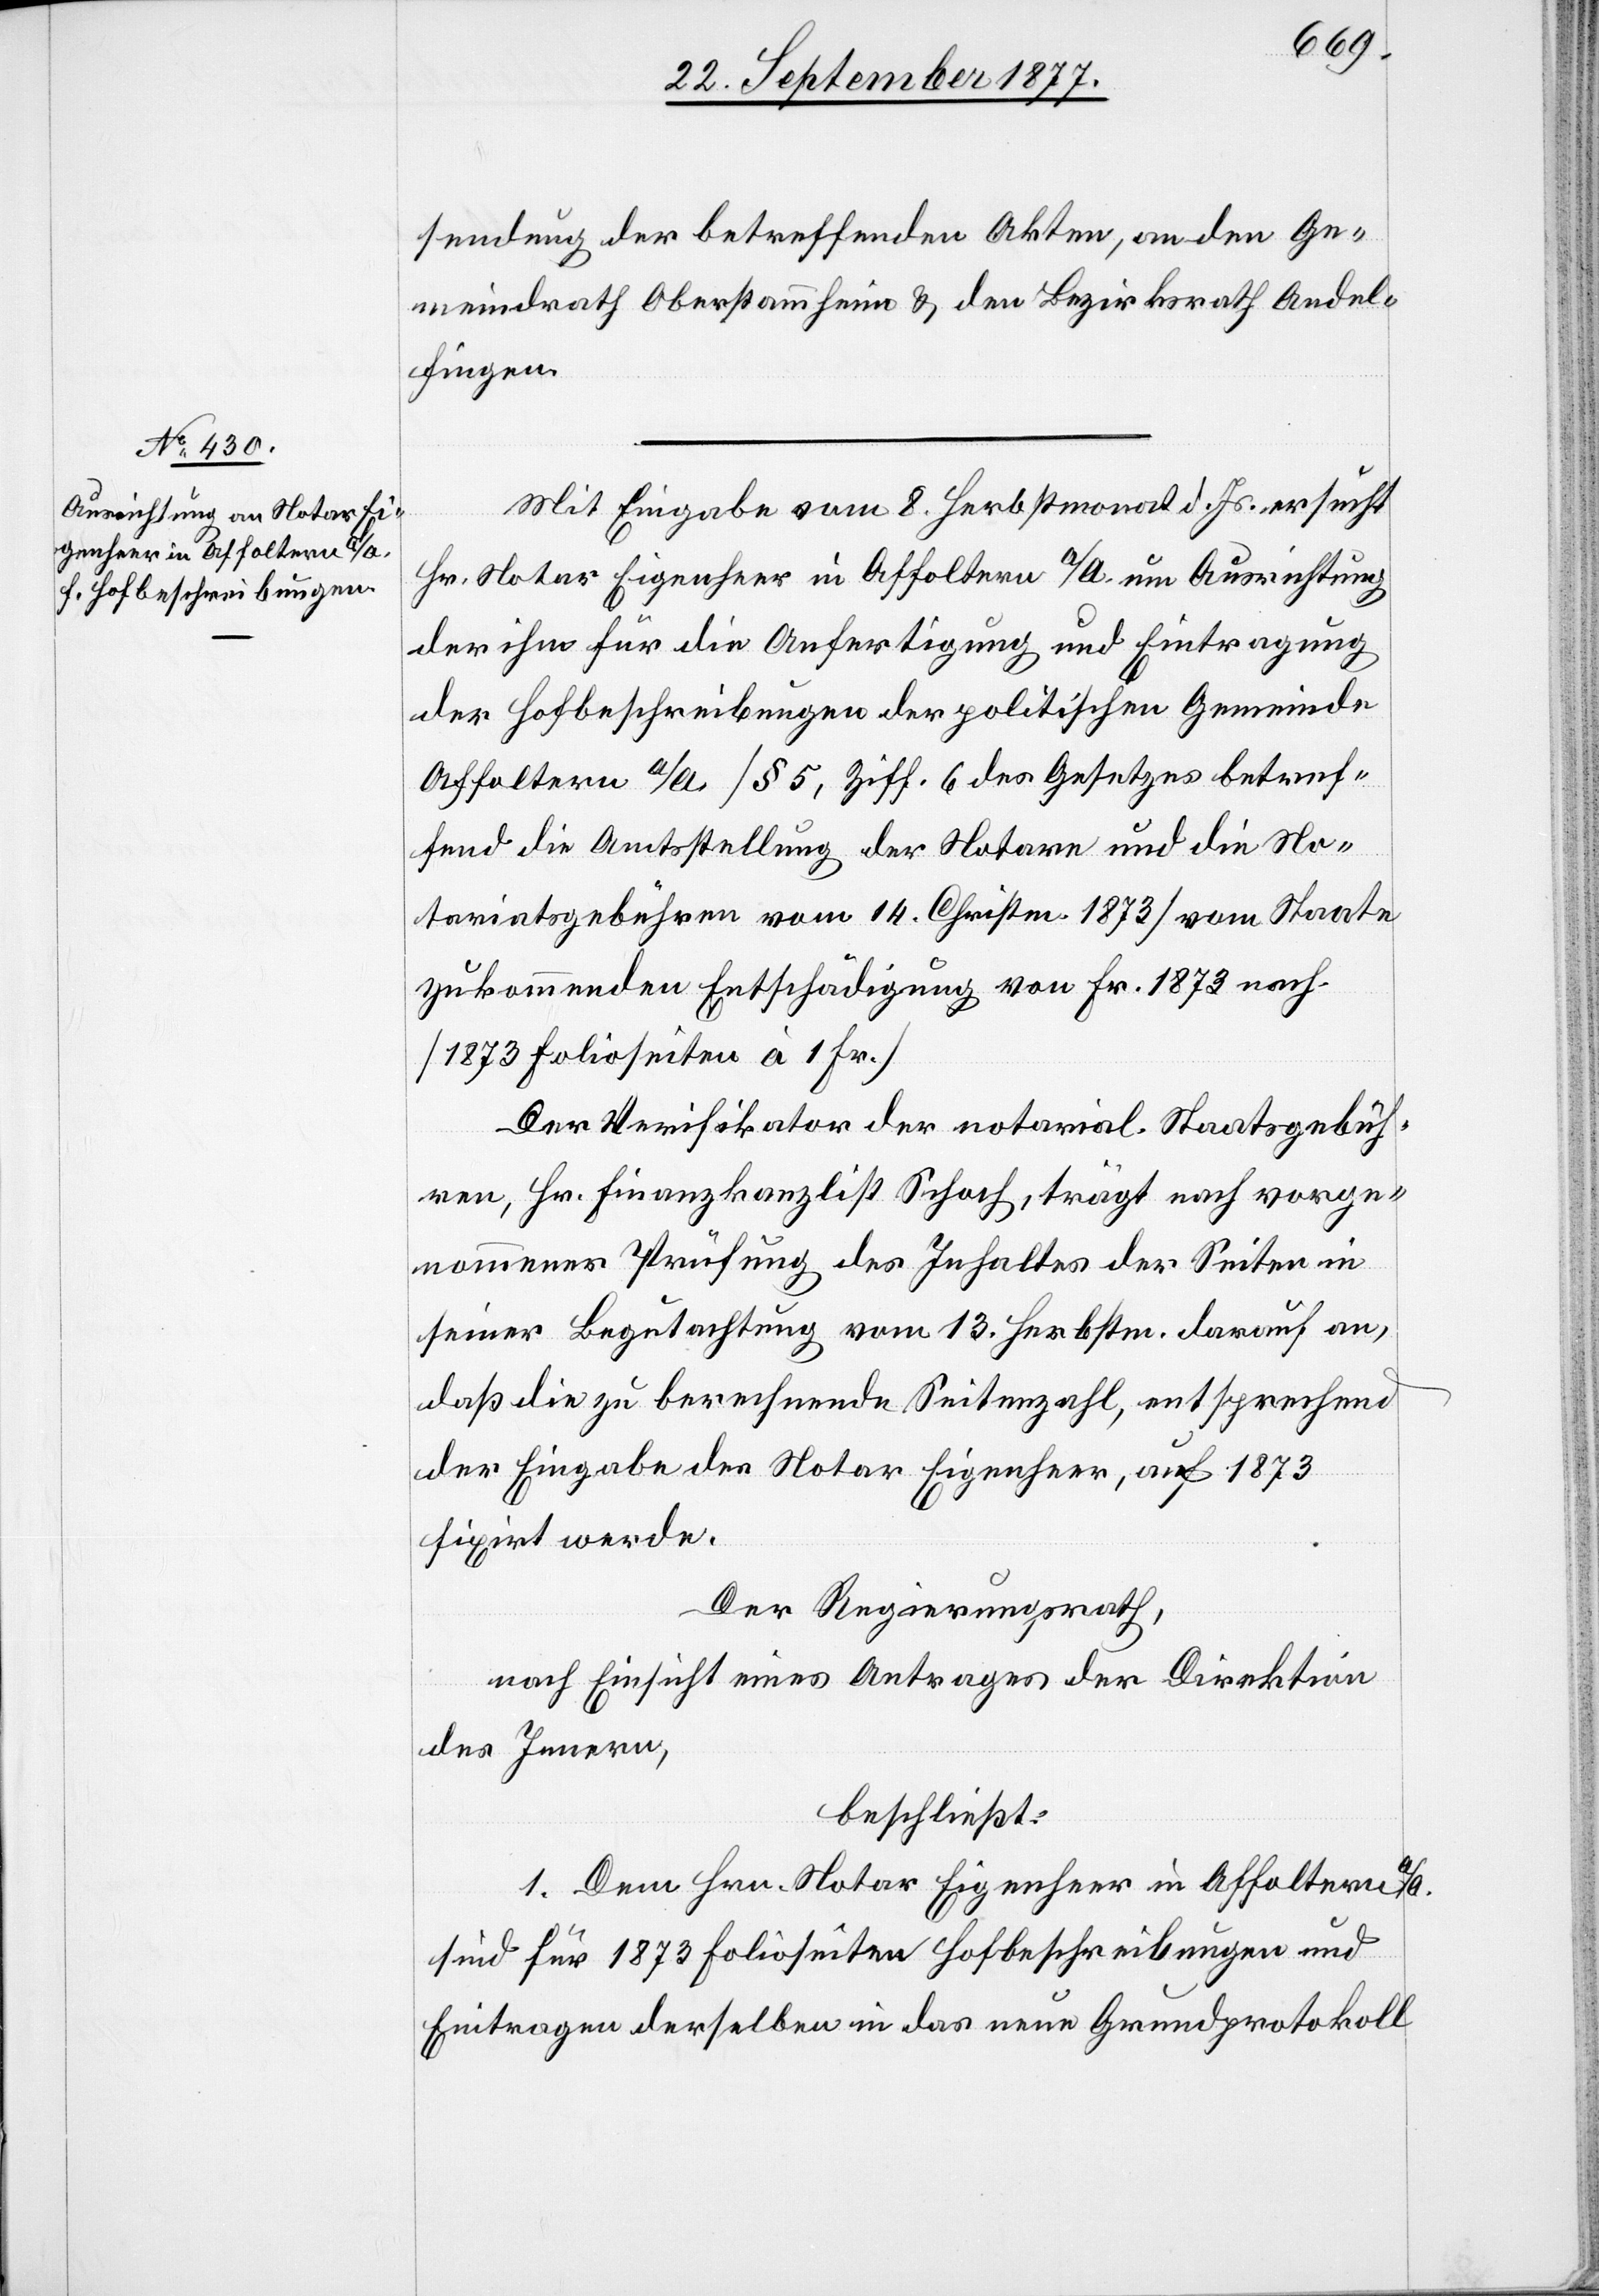
sendung der betreffenden Akten, an den Ge¬
meindrath Oberstammheim & den Bezirksrath Andel¬
fingen.
Mit Eingabe vom 8. Herbstmonat d. Js. ersucht
Hr. Notar Eigenheer in Affoltern a/A. um Ausrichtung
der ihm für die Anfertigung und Eintragung
der Hofbeschreibungen der politischen Gemeinde
Affoltern a/A. [§ 5, Ziff. 6 des Gesetzes betref¬
fend die Amtsstellung der Notare und die No¬
tariatsgebühren vom 14. Christm. 1873] vom Staate
zukommenden Entschädigung von Fr. 1873 nach.
[1873 Folioseiten à 1 Fr.]
Der Verifikator der notarial. Staatsgebüh¬
ren, Hr. Finanzkanzlist Schoch, trägt nach vorge¬
nommener Prüfung des Inhaltes der Seiten in
seiner Begutachtung vom 13. Herbstm. darauf an,
daß die zu berechnende Seitenzahl, entsprechend
der Eingabe des Notar Eigenheer, auf 1873
fixirt werde.
Der Regierungsrath,
nach Einsicht eines Antrages der Direktion
des Innern,
beschließt:
1. Dem Hrn. Notar Eigenheer in Affoltern a/A.
sind für 1873 Folioseiten Hofbeschreibungen und
Eintragen derselben in das neue Grundprotokoll